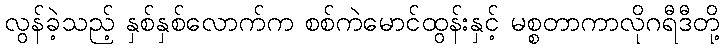
လွန်ခဲ့သည့် နှစ်နှစ်လောက်က စစ်ကဲမောင်ထွန်းနှင့် မစ္စတာကာလိုဂရီဒီတို့